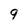
Character: 9